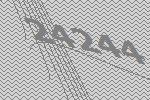
24244